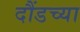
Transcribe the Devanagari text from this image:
दौंडच्या